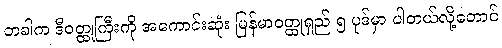
တခါက ဒီဝတ္ထုကြီးကို အကောင်းဆုံး မြန်မာဝတ္ထုရှည် ၅ ပုဒ်မှာ ပါတယ်လို့တောင်